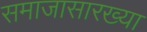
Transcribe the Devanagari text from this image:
समाजासारख्या